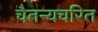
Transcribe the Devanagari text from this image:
चैतन्यचरित